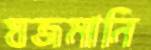
যজমানি